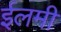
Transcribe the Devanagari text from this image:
ईलमी